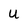
Character: U